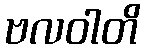
ဗလဝါတိ